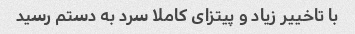
با تاخییر زیاد و پیتزای کاملا سرد به دستم رسید